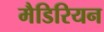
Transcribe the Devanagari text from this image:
मैडिरियन